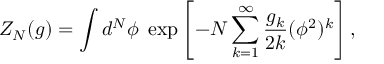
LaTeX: Z _ { N } ( g ) = \int d ^ { N } \phi \; \exp \left[ - N \sum _ { k = 1 } ^ { \infty } \frac { g _ { k } } { 2 k } ( \phi ^ { 2 } ) ^ { k } \right] ,